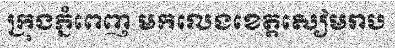
ក្រុងភ្នំពេញ មកលេងខេត្តសៀមរាប